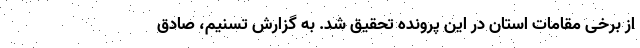
از برخی مقامات استان ‌در این پرونده ‌تحقیق شد. به گزارش تسنیم، صادق